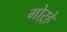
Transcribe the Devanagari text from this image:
गोऱ्हे